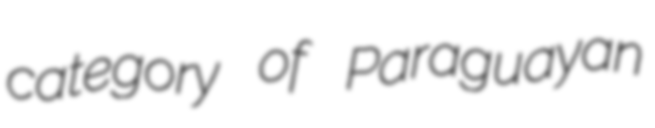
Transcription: category of Paraguayan